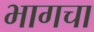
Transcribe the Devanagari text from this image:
भागचा